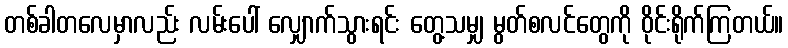
တစ်ခါတလေမှာလည်း လမ်းပေါ် လျှောက်သွားရင်း တွေ့သမျှ မွတ်စလင်တွေကို ဝိုင်းရိုက်ကြတယ်။